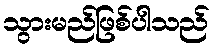
သွားမည်ဖြစ်ပါသည်